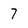
Character: 7